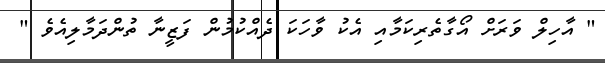
" އާހިލް ވަރަށް އޯގާތެރިކަމާއި އެކު ވާހަކަ ދެއްކުމުން ފަޒީނާ ތުންދަމާލިއެވެ "